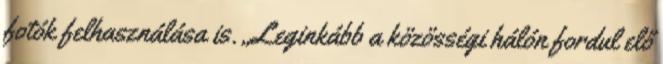
fotók felhasználása is. „Leginkább a közösségi hálón fordul elő